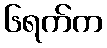
၆ရက်က